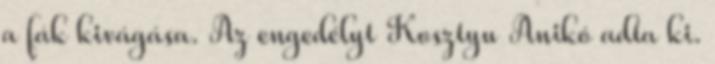
a fák kivágása. Az engedélyt Kosztyu Anikó adta ki.